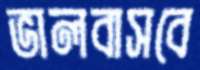
ভালবাসবে